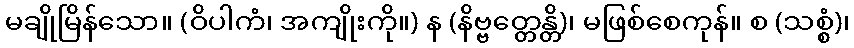
မချိုမြိန်သော။ (ဝိပါကံ၊ အကျိုးကို။) န (နိဗ္ဗတ္တေန္တိ)၊ မဖြစ်စေကုန်။ စ (သစ္စံ)၊